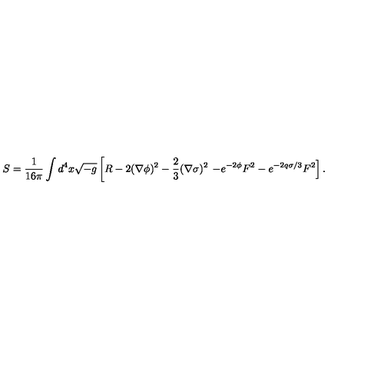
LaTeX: S = \frac { 1 } { 1 6 \pi } \int d ^ { 4 } x \sqrt { - g } \left[ R - 2 ( \nabla \phi ) ^ { 2 } - \frac { 2 } { 3 } ( \nabla \sigma ) ^ { 2 } \right. \left. - e ^ { - 2 \phi } F ^ { 2 } - e ^ { - 2 q \sigma / 3 } F ^ { 2 } \right] .